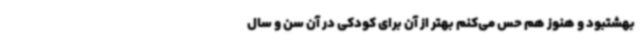
بهشتبود و هنوز هم حس می‌کنم بهتر از آن برای کودکی در آن سن و سال